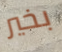
بخير